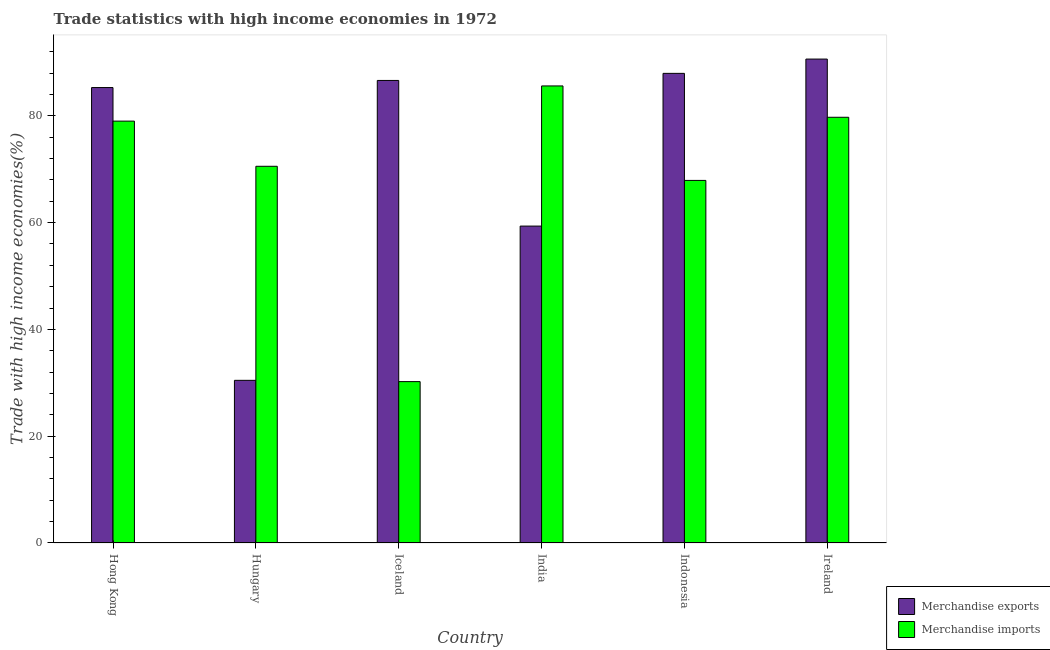
| Country | Merchandise exports | Merchandise imports |
 | --- | --- | --- |
 | Hong Kong | 85.3 | 79 |
 | Hungary | 30.5 | 70.6 |
 | Iceland | 86.6 | 30.2 |
 | India | 59.4 | 85.6 |
 | Indonesia | 88 | 67.9 |
 | Ireland | 90.6 | 79.7 |